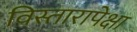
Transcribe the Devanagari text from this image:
विस्तारापेक्षा